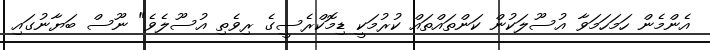
އެންމެން ހަމަހަމަވާ އުސޫލަކުން ކަންތައްތައް ކުރުމަކީ ޑިމޮކްރެސީގެ ރިވެތި އުސޫލެވެ" ނޫސް ބަޔާނުގައި